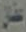
عفان